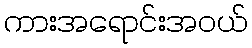
ကားအရောင်းအဝယ်